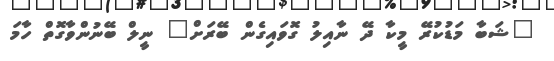
"ޝަބާ މަޑުކުރޭ މީކާ ދޭ ނާއިލު ގޮވައިގެން ބޭރަށް" ނީލް ބޭނުންވާގޮތް ހާމަ